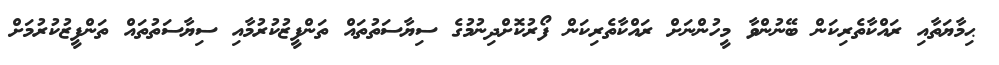
ޙިމާޔަތާއި ރައްކާތެރިކަން ބޭނުންވާ މީހުންނަށް ރައްކާތެރިކަން ފޯރުކޮށްދިނުމުގެ ސިޔާސަތުތައް ތަންފީޒުކުރުމާއި ސިޔާސަތުތައް ތަންފީޒުކުރުމަށް